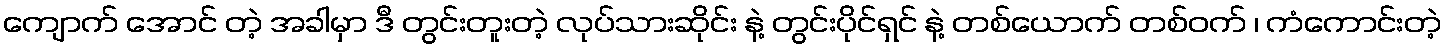
ကျောက် အောင် တဲ့ အခါမှာ ဒီ တွင်းတူးတဲ့ လုပ်သားဆိုင်း နဲ့ တွင်းပိုင်ရှင် နဲ့ တစ်ယောက် တစ်ဝက် ၊ ကံကောင်းတဲ့